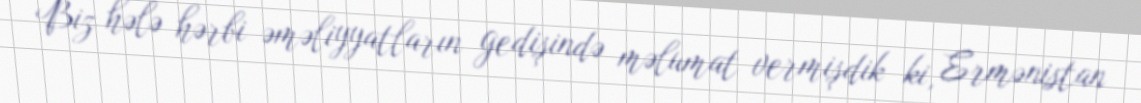
Biz hələ hərbi əməliyyatların gedişində məlumat vermişdik ki, Ermənistan